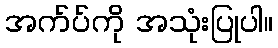
အက်ပ်ကို အသုံးပြုပါ။